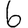
Digit: 6